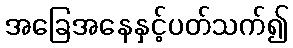
အခြေအနေနှင့်ပတ်သက်၍